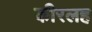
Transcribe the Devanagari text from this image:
कीरलह